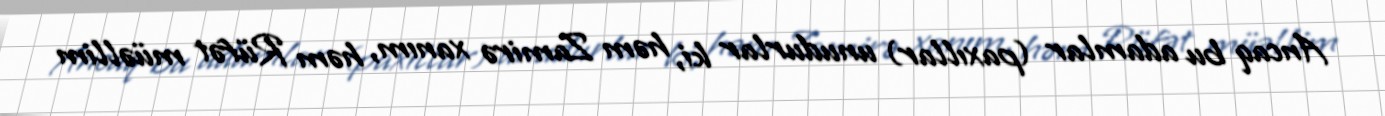
Ancaq bu adamlar (paxıllar) unudurlar ki, həm Zamirə xanım, həm Rüfət müəllim